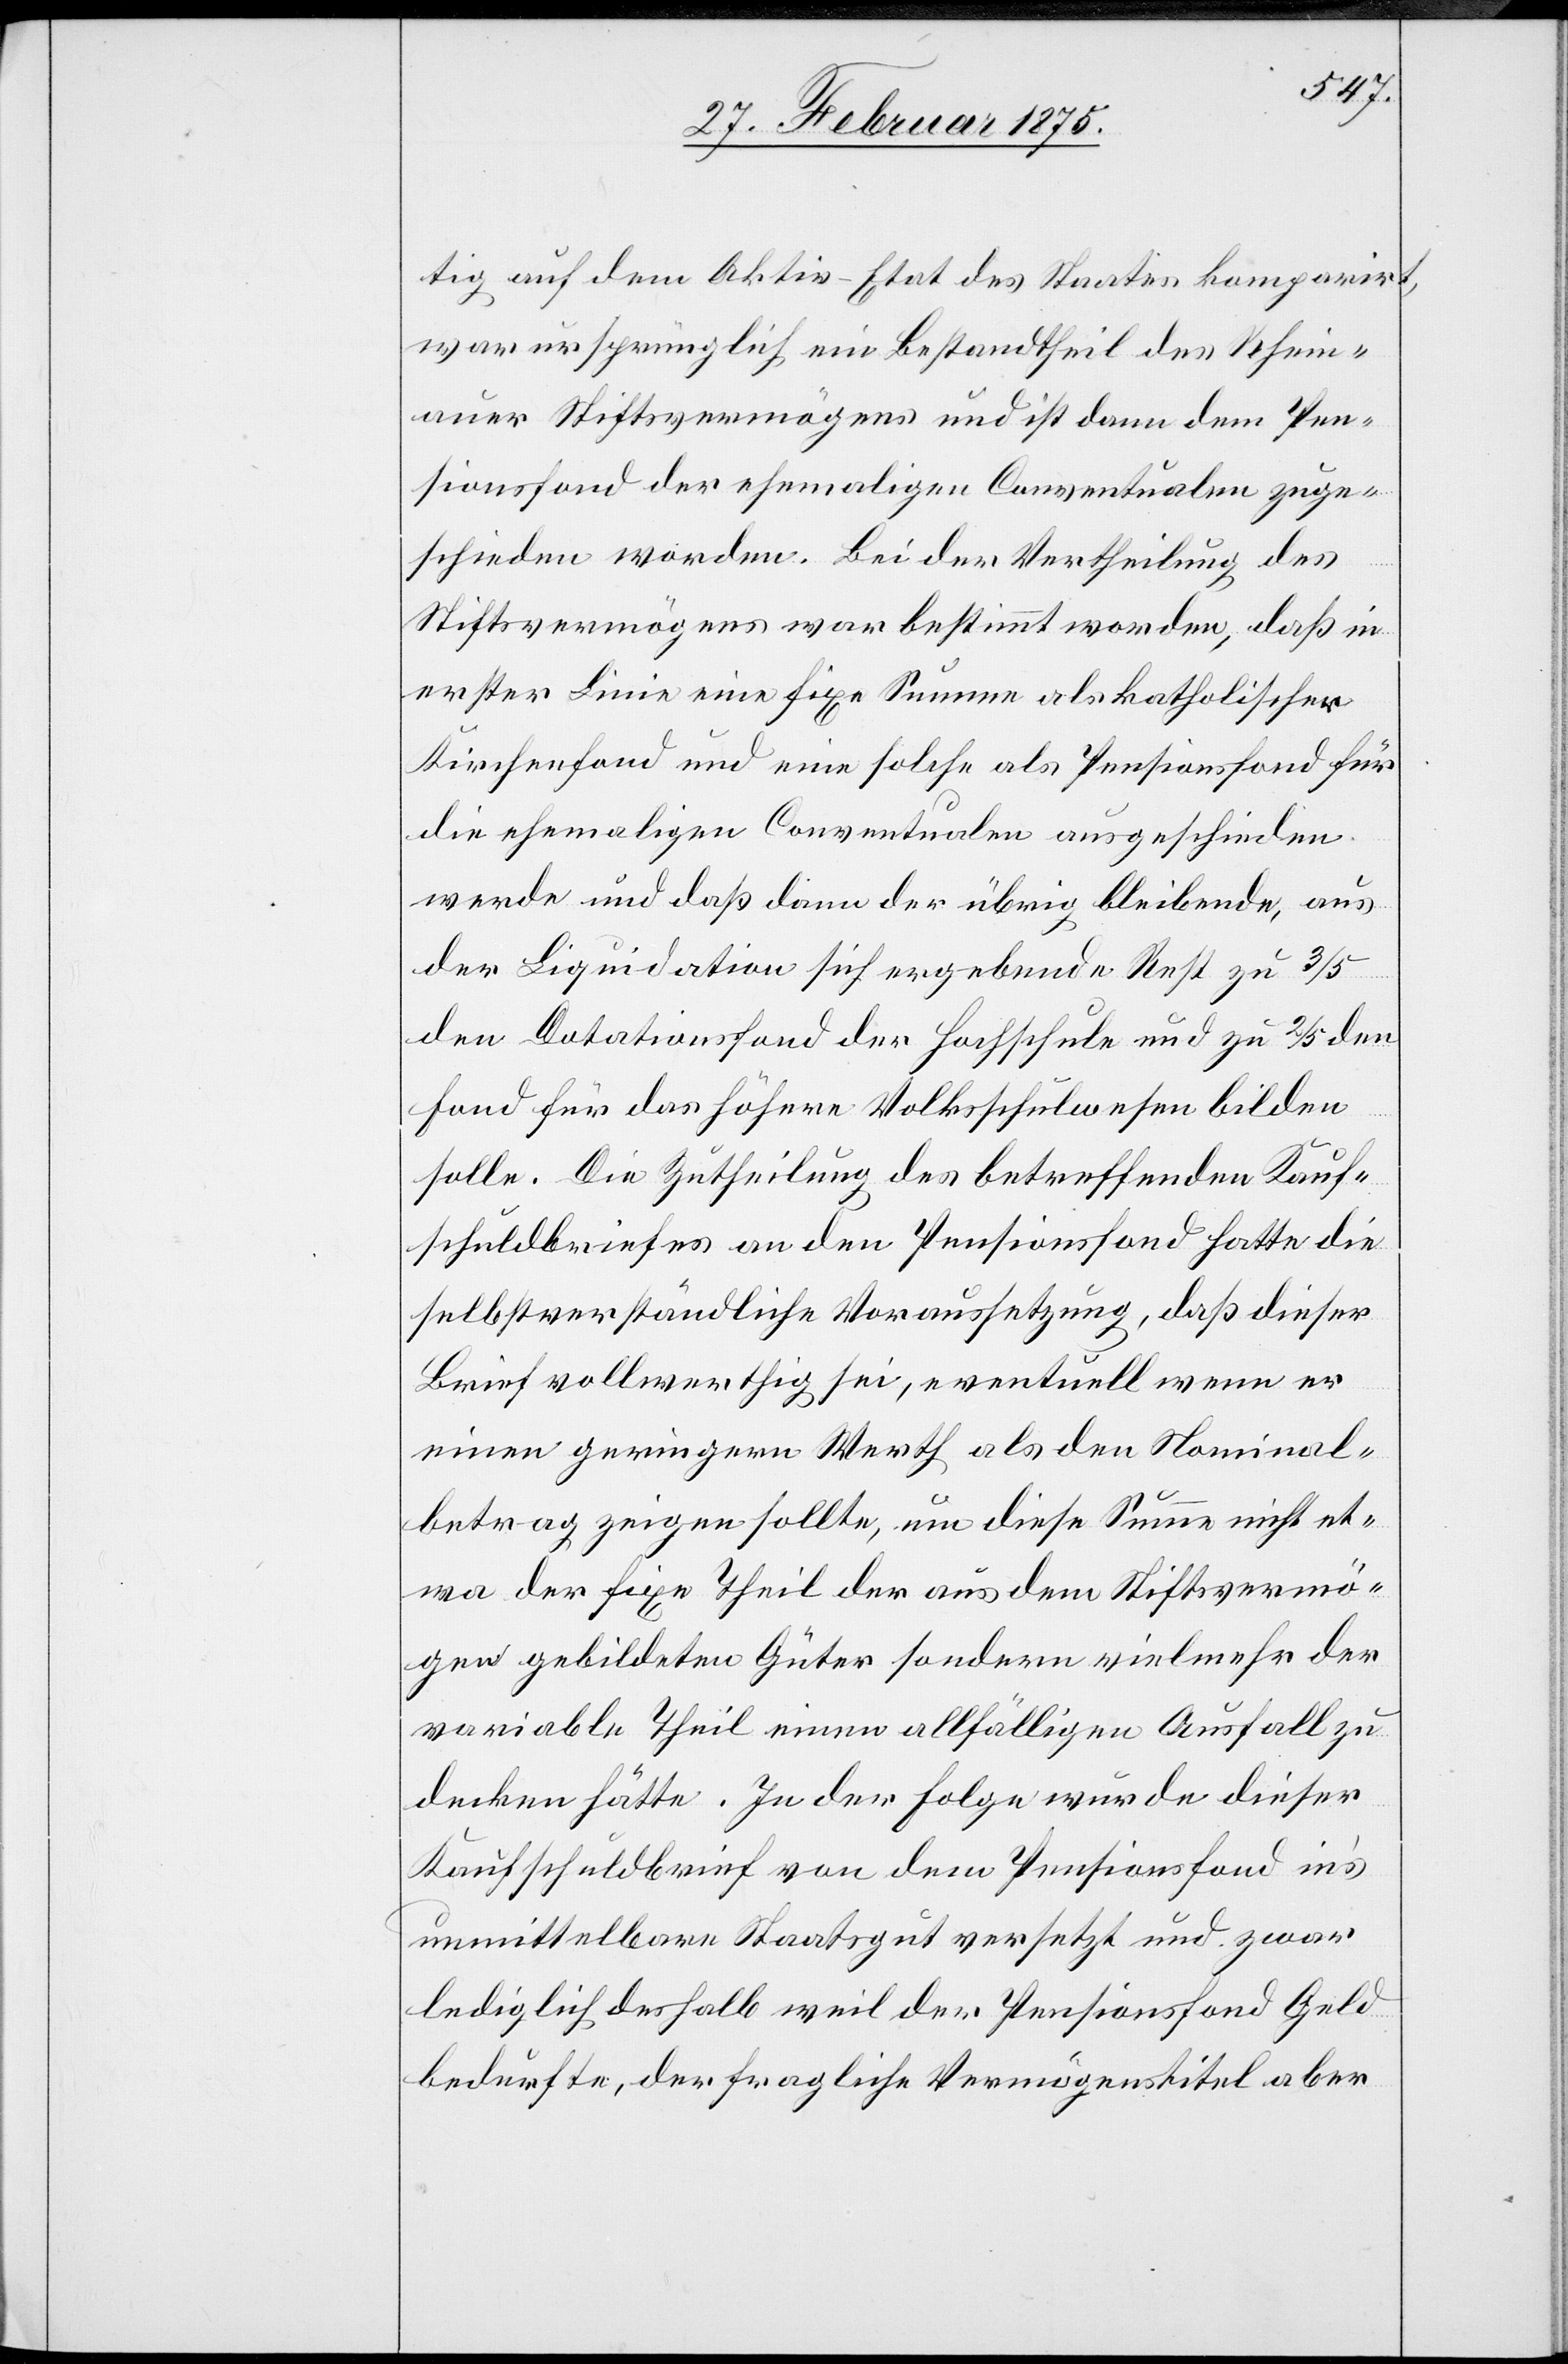
tig auf dem Aktiv-Etat des Staates komparirt,
war ursprünglich ein Bestandtheil des Rhein¬
auer Stiftvermögens und ist dann dem Pen¬
sionsfond der ehemaligen Conventualen zuge¬
schieden worden. Bei der Vertheilung des
Stiftsvermögens war bestimmt worden, daß in
erster Linie eine fixe Summe als katholischer
Kirchenfond und eine solche als Pensionsfond für
die ehemaligen Conventualen ausgeschieden
werde und daß dann der übrig bleibende, aus
der Liquidation sich ergebende Rest zu 3/5
den Dotationsfond der Hochschule und zu 2/5 den
Fond für das höhere Volksschulwesen bilden
solle. Die Zutheilung des betreffenden Kauf¬
schuldbriefes an den Pensionsfond hatte die
selbstverständliche Voraussetzung, daß dieser
Brief vollwerthig sei, eventuell wenn er
einen geringern Werth als den Nominal¬
betrag zeigen sollte, und diese Summe nicht et¬
wa der fixe Theil der aus dem Stiftsvermö¬
gen gebildeten Güter sondern vielmehr der
variable Theil einen allfälligen Ausfall zu
decken hätte. In der Folge wurde dieser
Kaufschuldbrief von dem Pensionsfond in’s
unmittelbare Staatsgut versetzt und zwar
lediglich deshalb weil der Pensionsfond Geld
bedurfte, der fragliche Vermögenstitel aber